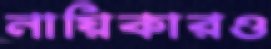
নায়িকারও